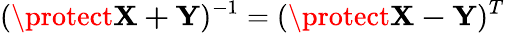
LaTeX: (\protect\mathbf{X+Y})^{-1}=(\protect\mathbf{X-Y})^{T}